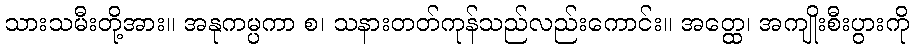
သားသမီးတို့အား။ အနုကမ္ပကာ စ၊ သနားတတ်ကုန်သည်လည်းကောင်း။ အတ္ထေ၊ အကျိုးစီးပွားကို